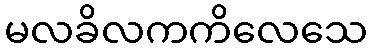
မလခိလကကိလေသေ